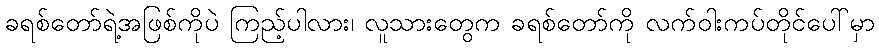
ခရစ်တော်ရဲ့အဖြစ်ကိုပဲ ကြည့်ပါလား၊ လူသားတွေက ခရစ်တော်ကို လက်ဝါးကပ်တိုင်ပေါ်မှာ